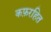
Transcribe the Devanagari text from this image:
कफ़रहित